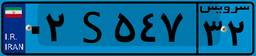
۸۳S۱۵۰۷۸